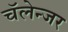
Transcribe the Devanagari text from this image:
चॅलेन्जर